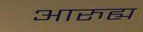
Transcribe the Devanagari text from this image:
आरुह्य